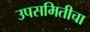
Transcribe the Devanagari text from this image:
उपसमितीचा